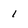
Character: 1